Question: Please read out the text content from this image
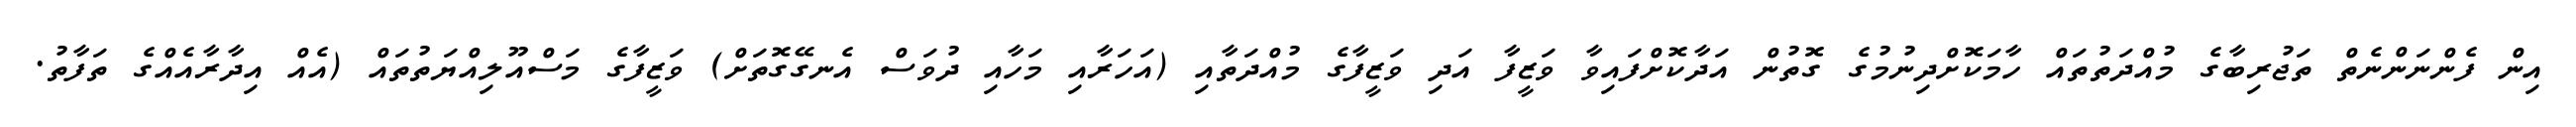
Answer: އިން ފެންނަންނެތް ތަޖުރިބާގެ މުއްދަތުތައް ހާމަކޮށްދިނުމުގެ ގޮތުން އަދާކޮށްފައިވާ ވަޒީފާ އަދި ވަޒީފާގެ މުއްދަތާއި (އަހަރާއި މަހާއި ދުވަސް އެނގޭގޮތަށް) ވަޒީފާގެ މަސްއޫލިއްޔަތުތައް (އެއް އިދާރާއެއްގެ ތަފާތު.